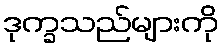
ဒုက္ခသည်များကို